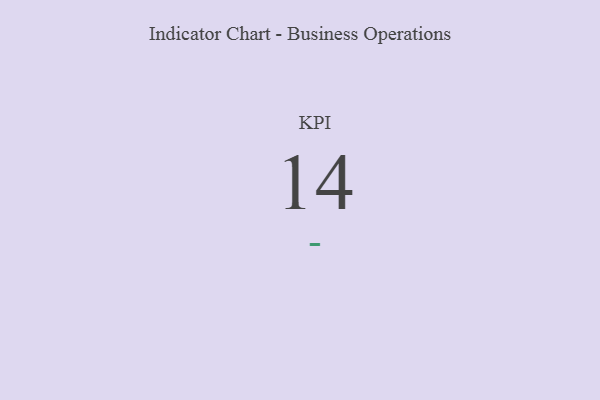
{"axis": {"x": "KPI", "y": "Value"}, "legend": [""], "data": [{"x": "KPI", "y": 14, "type": ""}]}